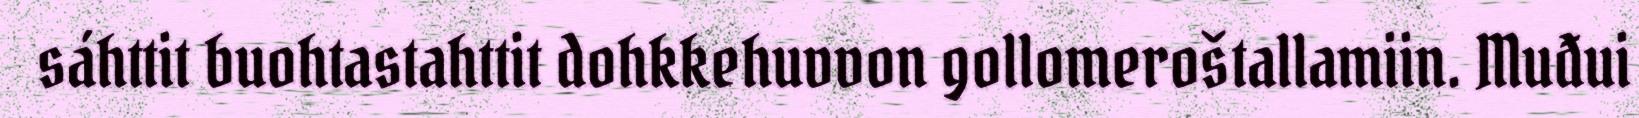
sáhttit buohtastahttit dohkkehuvvon gollomeroštallamiin. Muđui